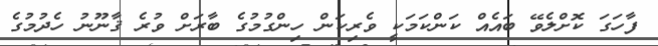
ފާހަގަ ކޮށްލެވޭ ބައެއް ކަންކަމަކީ ވެރިކަން ހިންގުމުގެ ބާރަށް ވުރެ ޤާނޫނު ހެދުމުގެ